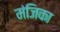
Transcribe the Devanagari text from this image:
मंजिका